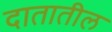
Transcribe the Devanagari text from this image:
दातातील